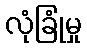
လုံခြုံမှု